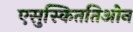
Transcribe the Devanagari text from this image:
एसुस्किततिओन